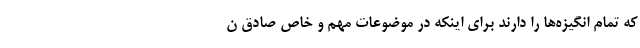
که تمام انگیزه‌ها را دارند برای اینکه در موضوعات مهم و خاص صادق ن